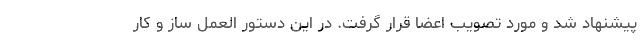
پیشنهاد شد و مورد تصویب اعضا قرار گرفت. در این دستور العمل ساز و کار